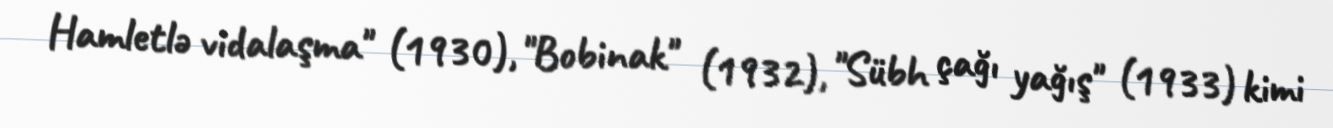
Hamletlə vidalaşma" (1930), "Bobinak" (1932), "Sübh çağı yağış" (1933) kimi